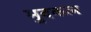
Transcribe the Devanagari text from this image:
मुदकल